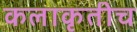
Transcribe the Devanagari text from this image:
कलाकृतीच